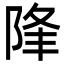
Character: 䧏